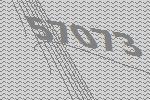
57073